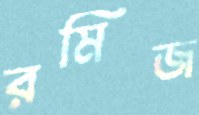
রমিজ